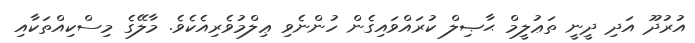
އުރުދޫ އަދި ދީނީ ތަޢުލީމް ޙާޞިލް ކުރައްވައިގެން ހުންނެވި ޢިލްމުވެރިއެކެވެ. މާލޭގެ މިސްކިއްތަކާއި